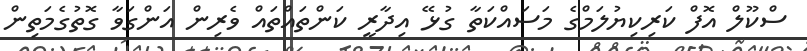
ސްކޫލް އޮފް ކަރިކިޔުލަމްގެ މަސައްކަތާ ގުޅޭ އިދާރީ ކަންތައްތައް ވެރިން އަންގަވާ ގޮތުގެމަތިން